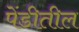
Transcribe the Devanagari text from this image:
पेंडीतील